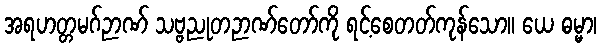
အရဟတ္တမဂ်ဉာဏ် သဗ္ဗညုတဉာဏ်တော်ကို ရင့်စေတတ်ကုန်သော။ ယေ ဓမ္မာ၊